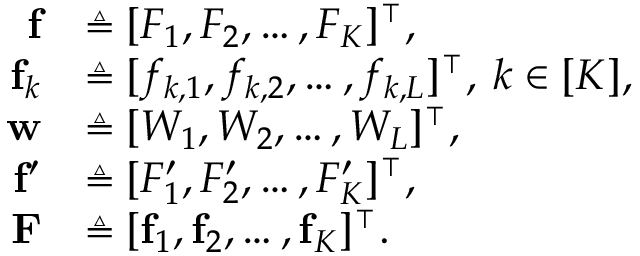
\begin{array} { r l } { \mathbf { f } } & { \triangleq [ F _ { 1 } , F _ { 2 } , \hdots , F _ { K } ] ^ { \intercal } , } \\ { \mathbf { f } _ { k } } & { \triangleq [ f _ { k , 1 } , f _ { k , 2 } , \hdots , f _ { k , L } ] ^ { \intercal } , \: k \in [ K ] , } \\ { \mathbf { w } } & { \triangleq [ W _ { 1 } , W _ { 2 } , \hdots , W _ { L } ] ^ { \intercal } , } \\ { \mathbf { f } ^ { \prime } } & { \triangleq [ F _ { 1 } ^ { \prime } , F _ { 2 } ^ { \prime } , \hdots , F _ { K } ^ { \prime } ] ^ { \intercal } , } \\ { \mathbf { F } } & { \triangleq [ \mathbf { f } _ { 1 } , \mathbf { f } _ { 2 } , \hdots , \mathbf { f } _ { K } ] ^ { \intercal } . } \end{array}